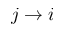
j \rightarrow i